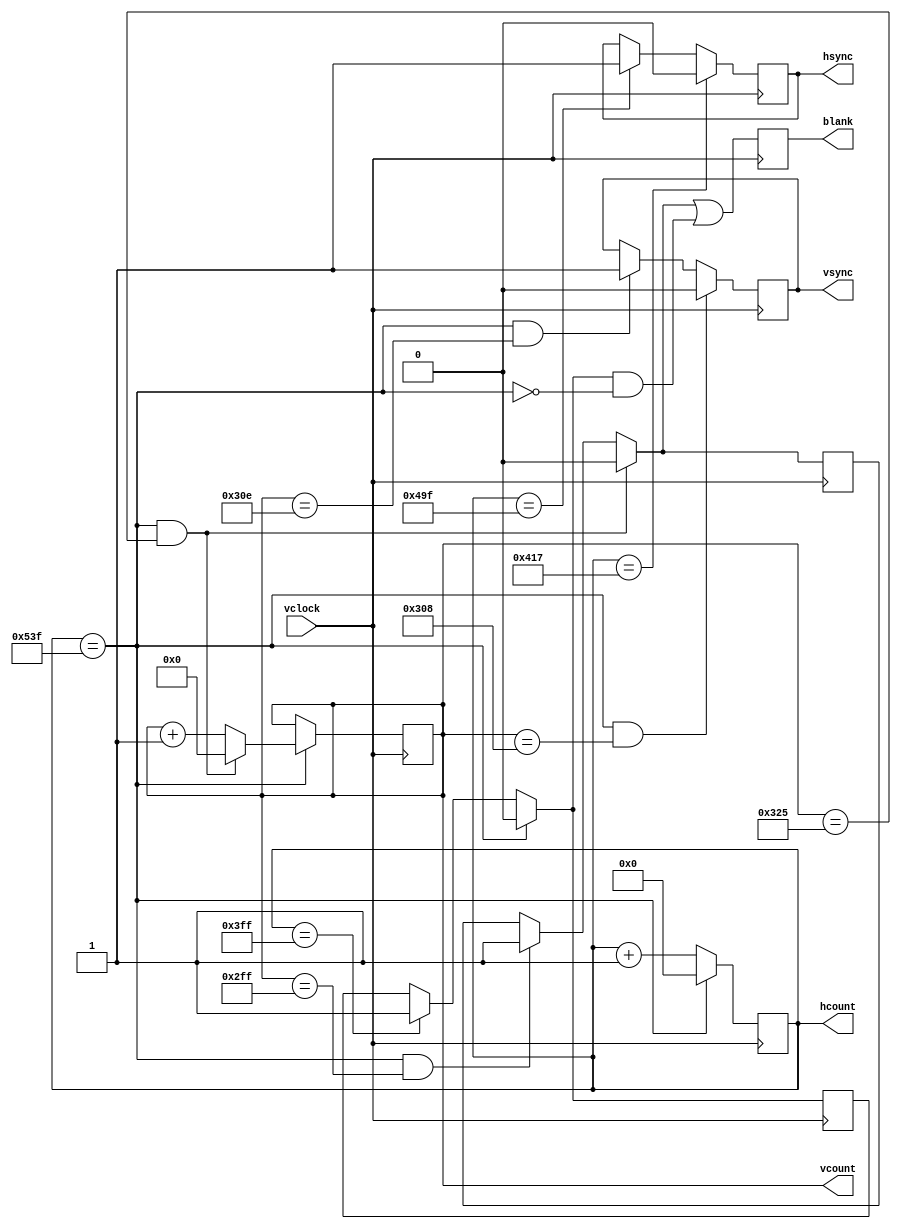
`timescale 1ns / 1ps
////////////////////////////////////////////////////////////////////////////////
//
// xvga: Generate XVGA display signals (1024 x 768 @ 60Hz)
//
////////////////////////////////////////////////////////////////////////////////
module xvga(input vclock,
            output reg [10:0] hcount,    // pixel number on current line
            output reg [9:0] vcount,	 // line number
            output reg vsync,hsync,blank);

   // horizontal: 1344 pixels total
   // display 1024 pixels per line
   reg hblank,vblank;
   wire hsyncon,hsyncoff,hreset,hblankon;
   assign hblankon = (hcount == 1023);    
   assign hsyncon = (hcount == 1047);
   assign hsyncoff = (hcount == 1183);
   assign hreset = (hcount == 1343);

   // vertical: 806 lines total
   // display 768 lines
   wire vsyncon,vsyncoff,vreset,vblankon;
   assign vblankon = hreset & (vcount == 767);    
   assign vsyncon = hreset & (vcount == 776);
   assign vsyncoff = hreset & (vcount == 782);
   assign vreset = hreset & (vcount == 805);

   // sync and blanking
   wire next_hblank,next_vblank;
   assign next_hblank = hreset ? 0 : hblankon ? 1 : hblank;
   assign next_vblank = vreset ? 0 : vblankon ? 1 : vblank;
   always @(posedge vclock) begin
      hcount <= hreset ? 0 : hcount + 1;
      hblank <= next_hblank;
      hsync <= hsyncon ? 0 : hsyncoff ? 1 : hsync;  // active low

      vcount <= hreset ? (vreset ? 0 : vcount + 1) : vcount;
      vblank <= next_vblank;
      vsync <= vsyncon ? 0 : vsyncoff ? 1 : vsync;  // active low

      blank <= next_vblank | (next_hblank & ~hreset);
   end
endmodule